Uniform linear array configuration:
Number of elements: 48
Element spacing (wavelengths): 0.25
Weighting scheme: hann
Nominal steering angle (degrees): -45
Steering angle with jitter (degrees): -45.473
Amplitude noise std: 0.05
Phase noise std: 0.05

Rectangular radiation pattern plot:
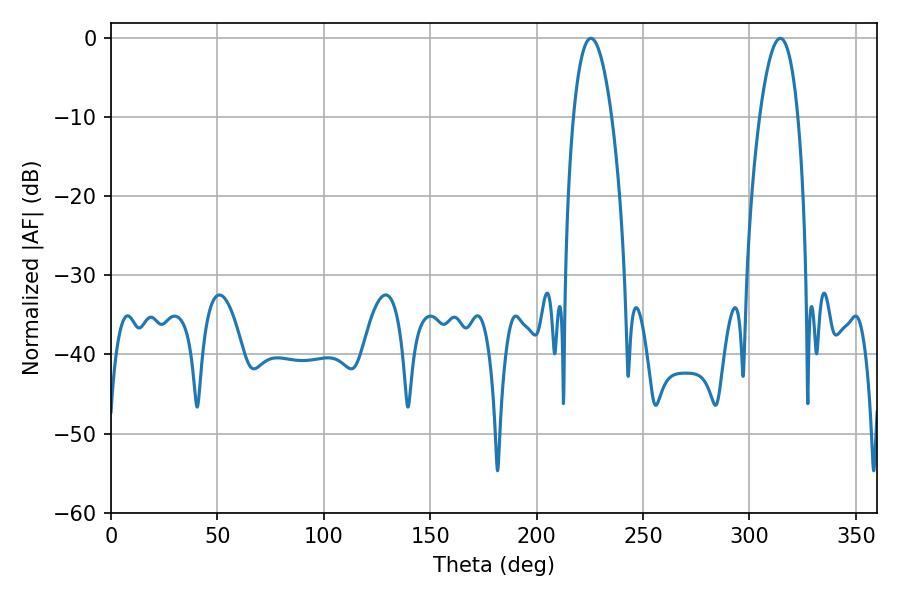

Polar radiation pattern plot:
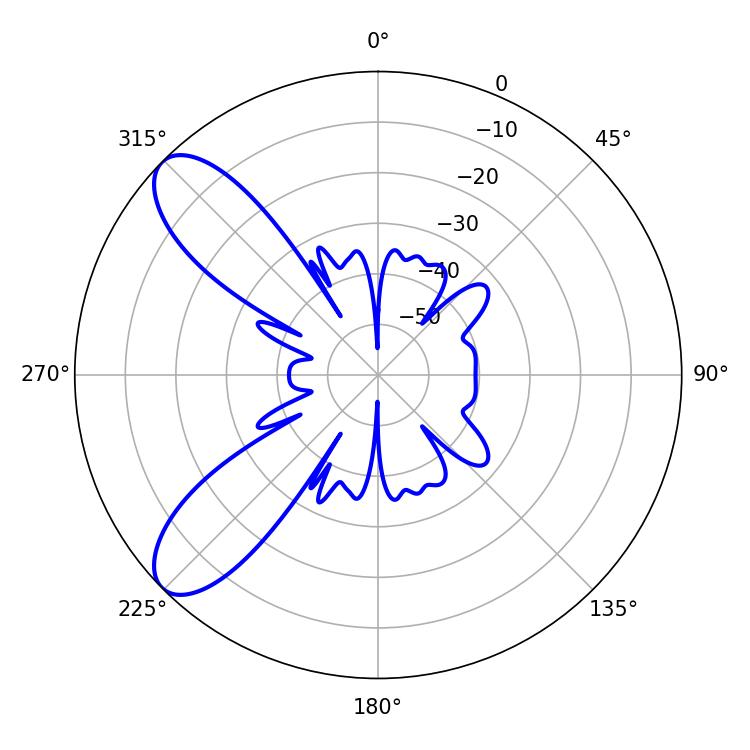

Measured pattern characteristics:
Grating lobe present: FALSE
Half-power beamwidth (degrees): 10.08
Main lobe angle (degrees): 314.46